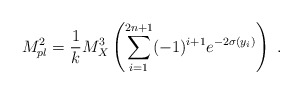
\begin{align*}M_{pl}^2 = {1\over k} M_X^3 \left( \sum_{i=1}^{2n+1} (-1)^{i+1}e^{-2 \sigma (y_i)} \right) ~.~ \,\end{align*}